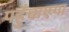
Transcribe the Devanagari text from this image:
पहुँचाएगा